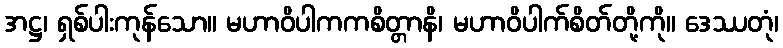
အဋ္ဌ၊ ရှစ်ပါးကုန်သော။ မဟာဝိပါကကစိတ္တာနိ၊ မဟာဝိပါက်စိတ်တို့ကို။ ဒေဿတုံ၊